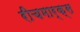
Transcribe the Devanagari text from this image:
रीचमार्क्स